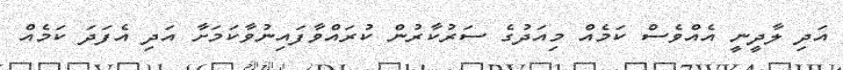
އަދި ލާދީނީ އެއްވެސް ކަމެއް މިއަދުގެ ސަރުކާރުން ކުރައްވާފައިނުވާކަމަށާ އަދި އެފަދަ ކަމެއް